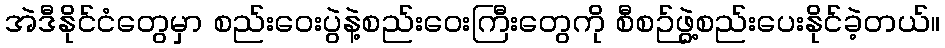
အဲဒီနိုင်ငံတွေမှာ စည်းဝေးပွဲနဲ့စည်းဝေးကြီးတွေကို စီစဉ်ဖွဲ့စည်းပေးနိုင်ခဲ့တယ်။